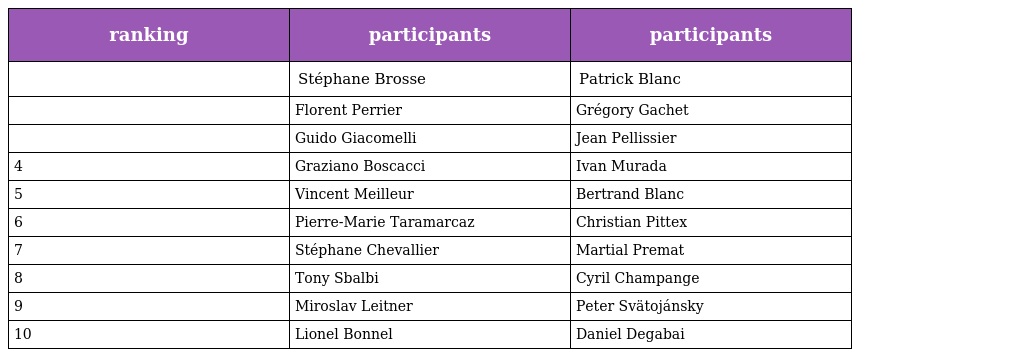
| ranking | participants | participants |
 | --- | --- | --- |
 |  | Stéphane Brosse | Patrick Blanc |
 |  | Florent Perrier | Grégory Gachet |
 |  | Guido Giacomelli | Jean Pellissier |
 | 4 | Graziano Boscacci | Ivan Murada |
 | 5 | Vincent Meilleur | Bertrand Blanc |
 | 6 | Pierre-Marie Taramarcaz | Christian Pittex |
 | 7 | Stéphane Chevallier | Martial Premat |
 | 8 | Tony Sbalbi | Cyril Champange |
 | 9 | Miroslav Leitner | Peter Svätojánsky |
 | 10 | Lionel Bonnel | Daniel Degabai |